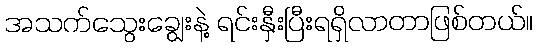
အသက်သွေးချွေးနဲ့ ရင်းနှီးပြီးရရှိလာတာဖြစ်တယ်။